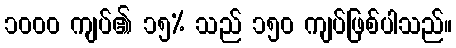
၁၀၀၀ ကျပ်၏ ၁၅% သည် ၁၅၀ ကျပ်ဖြစ်ပါသည်။